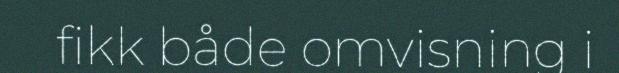
fikk både omvisning i